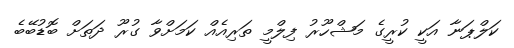
ކަލްޕަނާ އަކީ ކުރީގެ މަޝްހޫރު ފިލްމީ ތަރިއެއް ކަމަށްވާ ގުރޫ ދަތަށް ބޮޑުބޭބެ